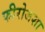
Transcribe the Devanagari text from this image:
फीरोजशा